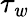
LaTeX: \tau_{\mathit{w}}